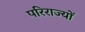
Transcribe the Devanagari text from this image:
परिराज्यों